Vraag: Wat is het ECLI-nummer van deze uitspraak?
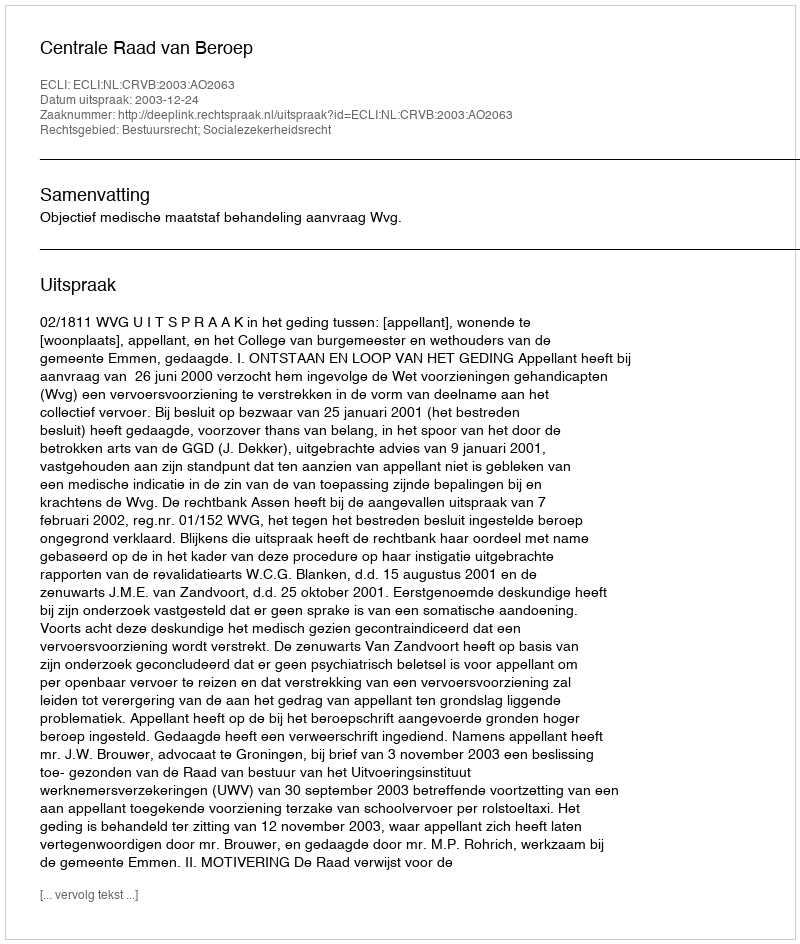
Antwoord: ECLI:NL:CRVB:2003:AO2063